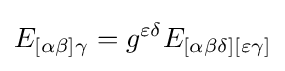
E_{[\alpha \beta ]\gamma }=g^{\varepsilon \delta }E_{[\alpha \beta \delta ][\varepsilon \gamma ]}